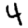
Digit: 4